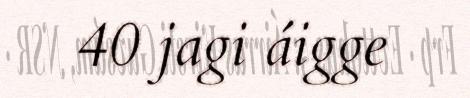
40 jagi áigge